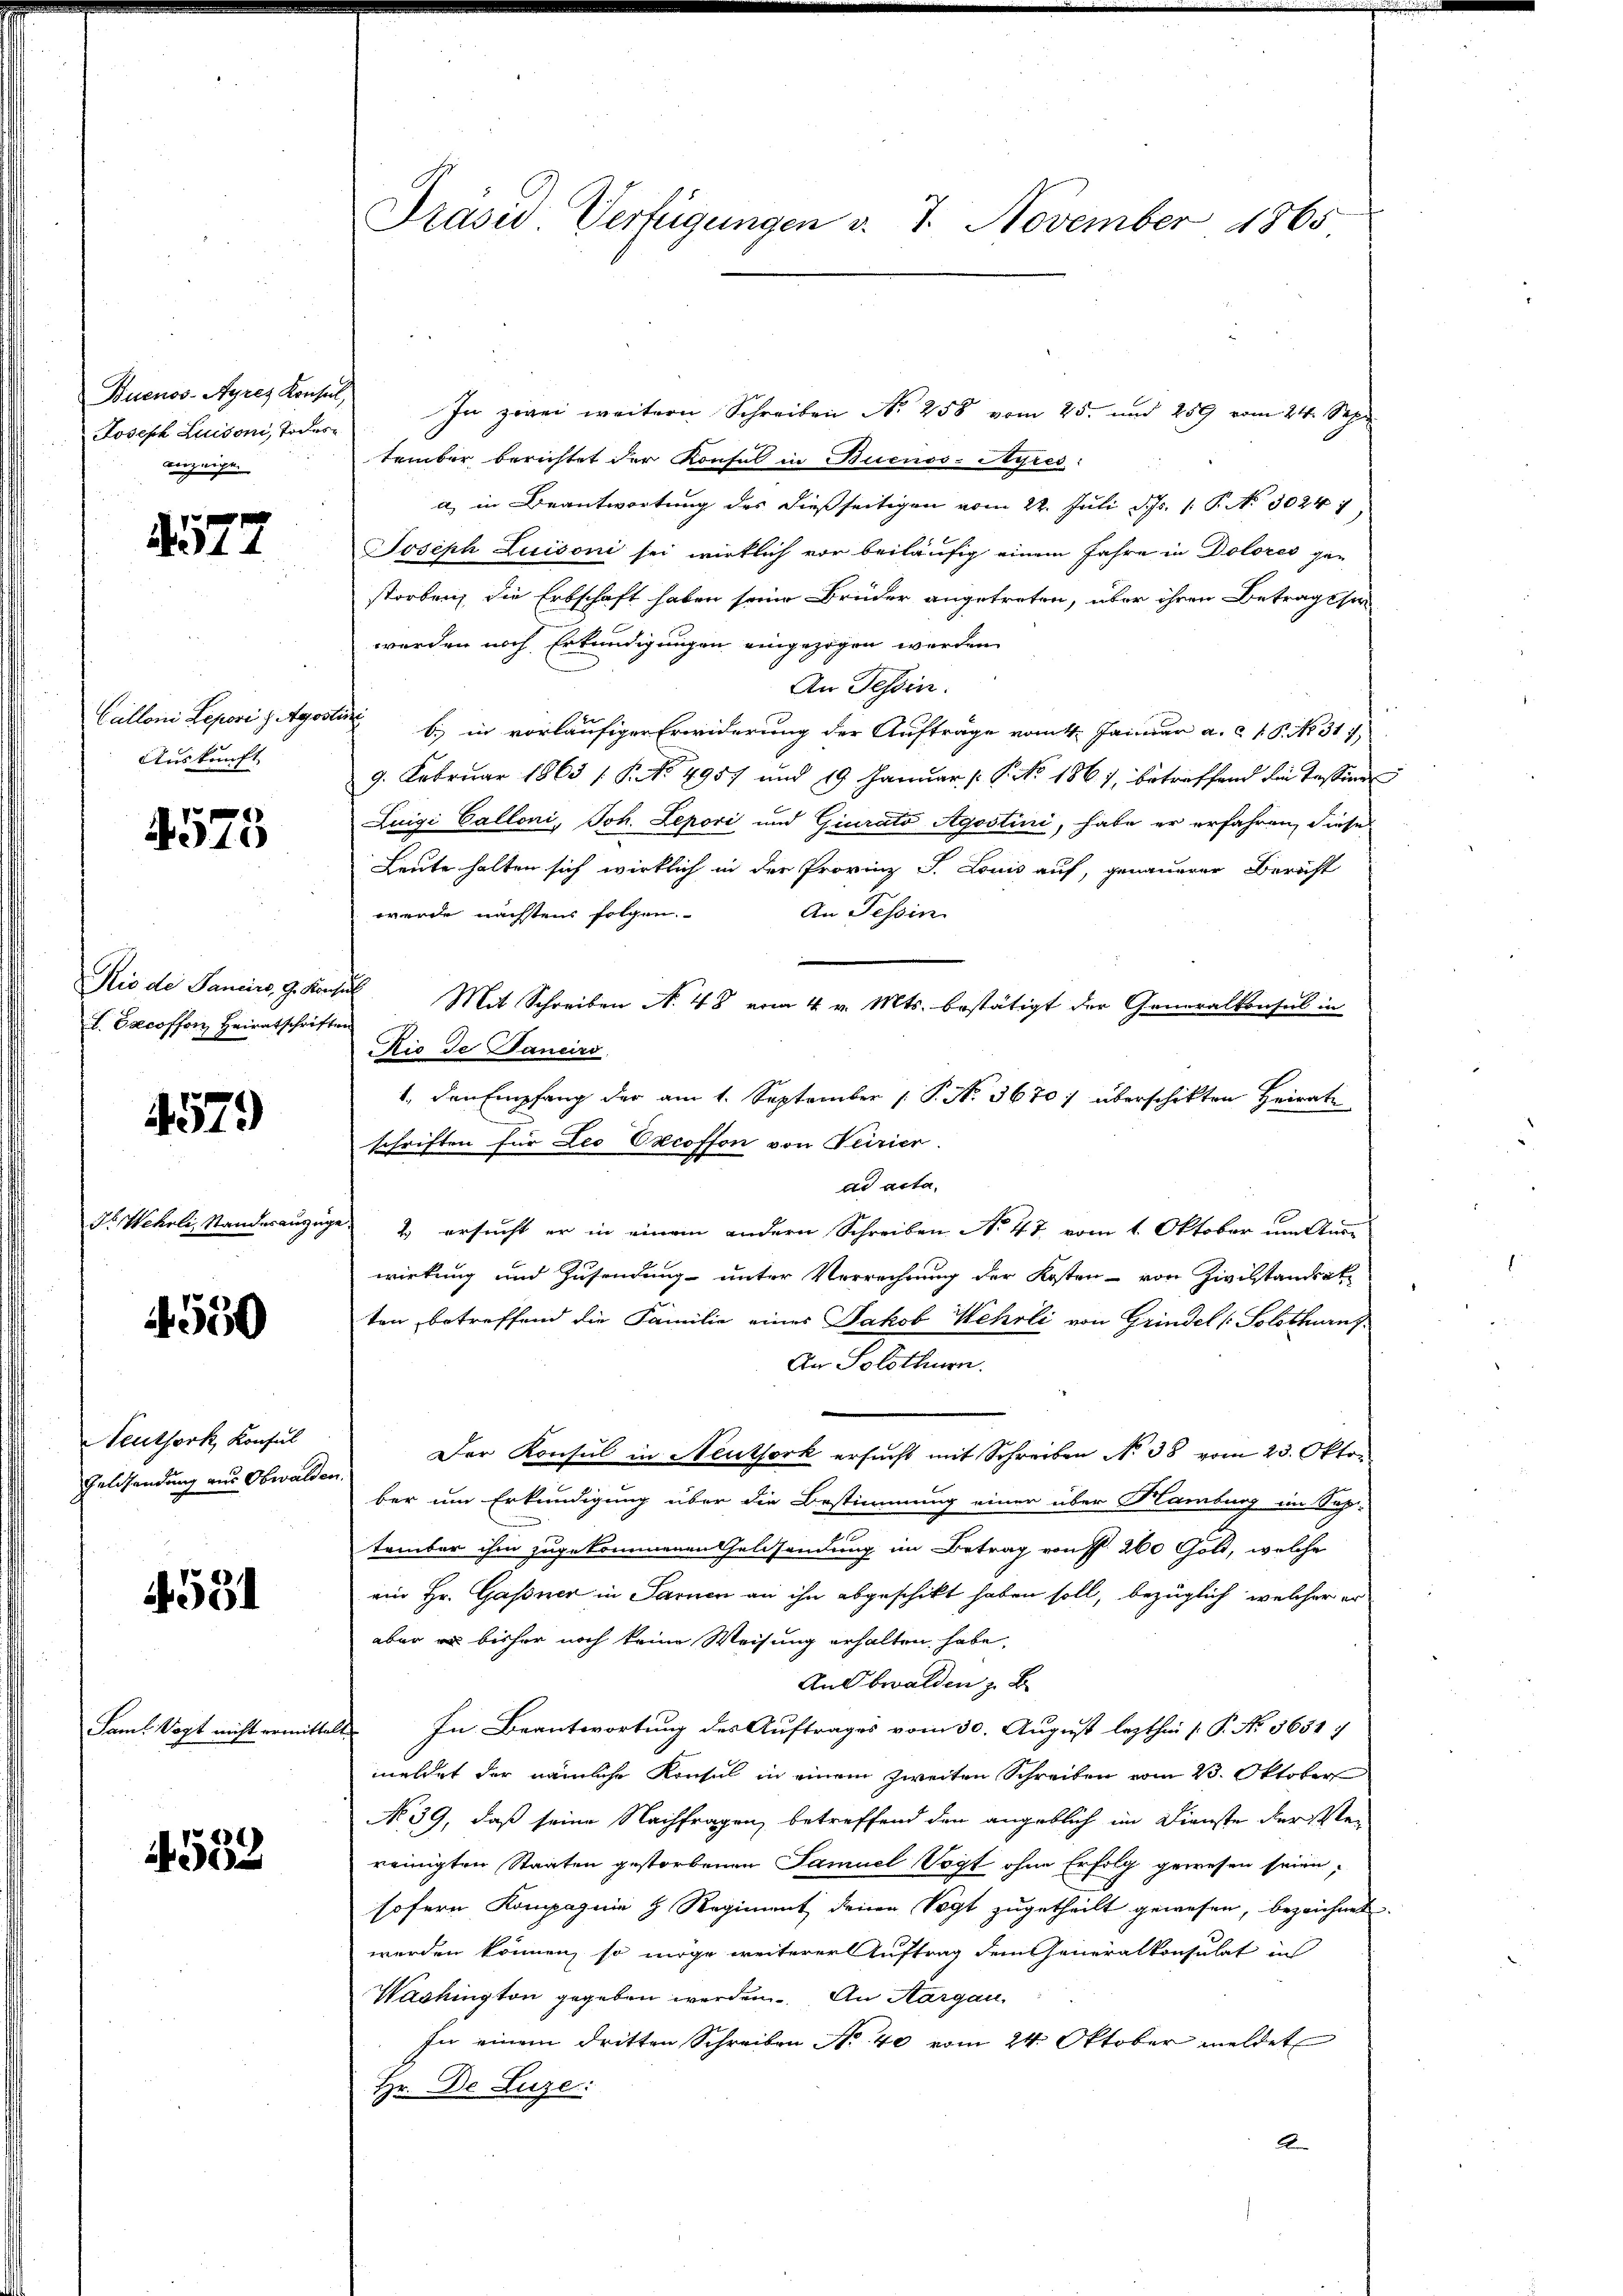
Buenos-Ayres Konsul,
Joseph Luisoni, Todesanzeige.

577

Auskunft

4573

Rio de Pancirs, G. Konsul
I. Decosson, Heiratschriften

4579

550

Neuthork, Konsul
Geldsendung aus Obwalden

4591

Sam. Vogt nicht ermittelt

4532

Präsid Verfügungen v. 7. November 1865

In zwei weitern Schreiben No 258 vom 25. und 259 vom 24. Sep
tember berichtet der Konsul in Buenos-Ayres:
a) in Beantwortung des dießseitigen vom 22. Juli d. Js. (: P. Nr. 3024
Joseph Luisoni sei wirklich vor beiläufig einem Jahre in Dolores ge-
storben, die Erbschaft haben seine Brüder angetreten, über ihren Betragssi
werden noch Erkundigungen eingezogen worden
An Tessin.
Calloni Leporis gester B. in vorläufiger Erwiderung der Aufträge vom 4. Januar a. c. 1 S. No. 317,
9. Februar 1865 / NNo. 4957 und 19 Januar (: P. Nr. 1861, betreffend die Tessinn
Luigi Calloni, Joh. Lepori und Giurato Agostini, habe er erfahren, diese
Leute halten sich wirklich in der Provinz S. Louis auf, genauerer Bericht
An Tessin
werde nächstens folgen.
Mit Schreiben N. 48 vom 4. v. Mts. bestätigt der Generalkonsul in
Die de Janeiro
1., den Empfang der am 1. September P. Nr. 3670/ überschikten Heirate
schriften für Leo Oxcoffon von Turier.
ad acta
ds Wehrli, Standerauszuge 2 ersucht er in einem andern Schreiben No 47 vom 1. Oktober um Auswirkung und Zusendung unter Verrechnung der Kosten - von Zivilstandsat
ten betreffend die Familie eines Jakob Wehrli von Grindel (Solothurn
An Solothurn.
Der Konsul in Neuthork ersucht mit Schreiben No 38 vom 23. Okto
ber um Erkundigung über die Bestimmung einer über Hamburg im Soh-
tember ihm zugekommenen Geldsendung im Betrag von P. 260 Gott, welche
ein Hr. Gassner in Sarnen an ihn abgeschikt haben soll, bezüglich, welcher er
aber es bisher noch keine Weisung erhalten habe,
An Obwalden B
In Beantwortung des Auftrages vom 30. August lezthin [ P. Nr. 3651/
meldet der nämliche Konsul in einem zweiten Schreiben vom 23. Oktober
No 39, daß seine Nachfragen, betreffend den angeblich im Dienste der Ver
reinigten Staaten gestorbenen Samuel Vogt ohne Erfolg gewesen seien;
sofern Kompagnie h. Regiment deinen Vogt zugetheilt gewesen, bezeichnet.
werden können, so möge weiterer Auftrag dem Generalkonsulat in
Washington gegeben werden. An Aargau.
In einem dritten Schreiben No 40 vom 24. Oktober meldet
Hr. De Luze:
2